Regulations for the medical services of the Army of India
Year: 1930
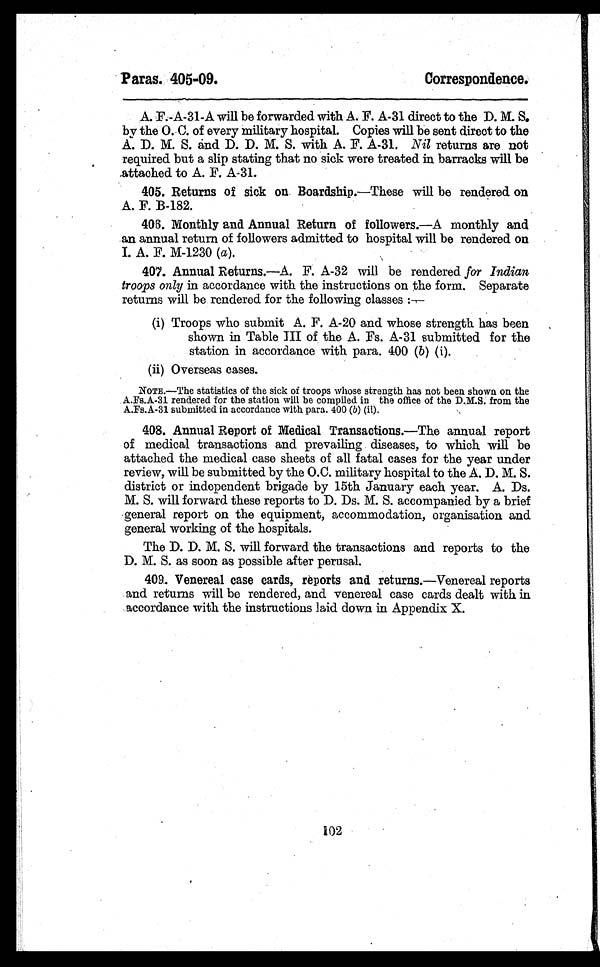
P aras. 405-09.
Correspondence.
A. F.-A-31-A will be forwarded with A. F. A-31 direct to the D. M. S.
by the O.C. of every military hospital. Copies will be sent direct to the
A. D. M. S. and D. D. M. S. with A. F. A-31. Nil returns are not
required but a slip stating that no sick were treated in barracks will be
attached to A. F. A-31.
405. Returns of sick on Boardship.—These will be rendered on
A. F. B-182.
406. Monthly and Annual Return of followers.—A monthly and
an annual return of followers admitted to hospital will be rendered on
I. A. F. M-1230 (a).
407. Annual Returns.—A. F. A-32 will be rendered for Indian
troops only in accordance with the instructions on the form. Separate
returns will be rendered for the following classes :—
(i) Troops who submit A. F. A-20 and whose strength has been
shown in Table III of the A. Fs. A-31 submitted for the
station in accordance with para. 400 (b) (i).
(ii) Overseas cases.
NOTE.—The statistics of the sick of troops whose strength has not been shown on the
A.Fs.A-31 rendered for the station will be compiled in the office of the D.M.S. from the
A.Fs.A-31 submitted in accordance with para. 400 (b) (ii).
408. Annual Report of Medical Transactions.—The annual report
of medical transactions and prevailing diseases, to which will be
attached the medical case sheets of all fatal cases for the year under
review, will be submitted by the O.C. military hospital to the A. D. M. S.
district or independent brigade by 15th January each year. A. Ds.
M. S. will forward these reports to D. Ds. M. S. accompanied by a brief
general report on the equipment, accommodation, organisation and
general working of the hospitals.
The D. D. M. S. will forward the transactions and reports to the
D. M. S. as soon as possible after perusal.
409. Venereal case cards, reports and returns.—Venereal reports
and returns will be rendered, and venereal case cards dealt with in
accordance with the instructions laid down in Appendix X.
102